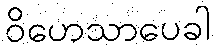
ဝိဟေသာပေခါ